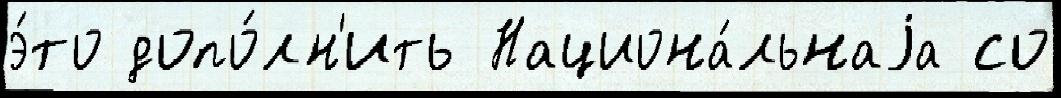
э́то допо́лн'ить Национа́льнаjа со